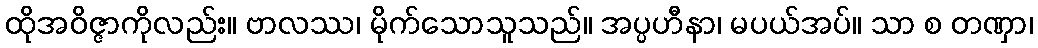
ထိုအဝိဇ္ဇာကိုလည်း။ ဗာလဿ၊ မိုက်သောသူသည်။ အပ္ပဟီနာ၊ မပယ်အပ်။ သာ စ တဏှာ၊